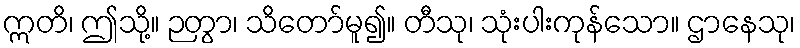
ဣတိ၊ ဤသို့။ ဉတွာ၊ သိတော်မူ၍။ တီသု၊ သုံးပါးကုန်သော။ ဌာနေသု၊